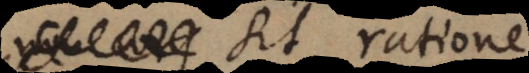
sit ratione